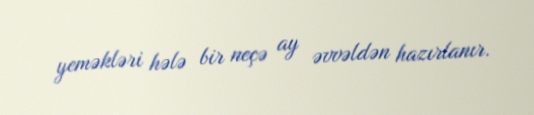
yeməkləri hələ bir neçə ay əvvəldən hazırlanır.